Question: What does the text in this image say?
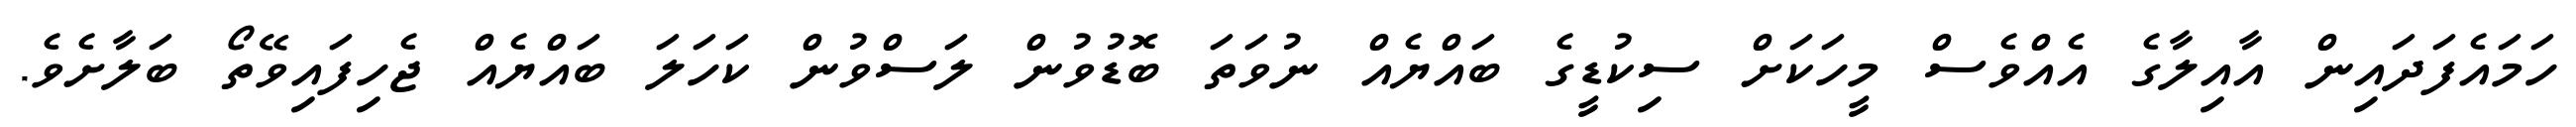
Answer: ހަމައެފަދައިން އާއިލާގެ އެއްވެސް މީހަކަށް ސިކުޑީގެ ބައްޔެއް ނުވަތަ ބޮޑުވުން ލަސްވުން ކަހަލަ ބައްޔެއް ޖެހިފައިވޭތޯ ބަލާށެވެ.